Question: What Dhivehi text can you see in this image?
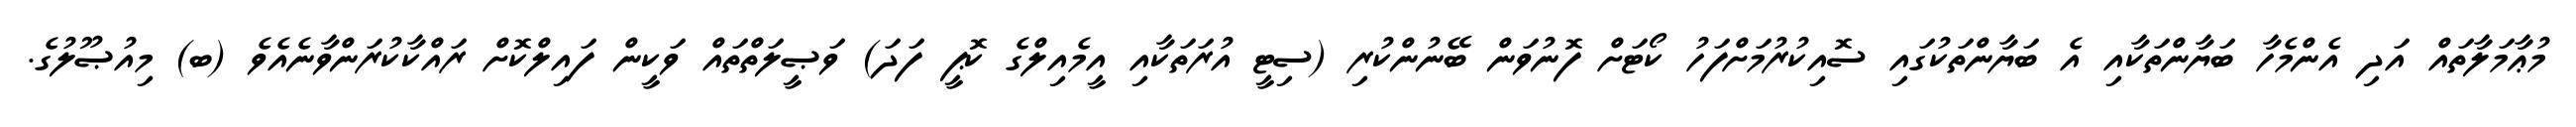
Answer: މުޢާމަލާތައް އަދި އެންމެހާ ބަޔާންތަކާއި އެ ބަޔާންތަކުގައި ސޮއިކުރުމަށްފަހު ކޯޓަށް ފޮނުވަން ބޭނުންކުރި (ސިޓީ އުރަތަކާއި އީމެއިލްގެ ކޮޕީ ފަދަ) ވަޞީލަތްތައް ވަކީން ފައިލްކޮށް ރައްކާކުރަންވާނެއެވެ (ބ) މިއުޞޫލުގެ.